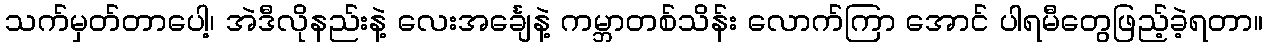
သက်မှတ်တာပေါ့၊ အဲဒီလိုနည်းနဲ့ လေးအင်္ချေနဲ့ ကမ္ဘာတစ်သိန်း လောက်ကြာ အောင် ပါရမီတွေဖြည့်ခဲ့ရတာ။